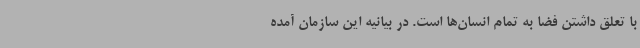
با تعلق داشتن فضا به تمام انسان‌ها است. در بیانیه این سازمان آمده